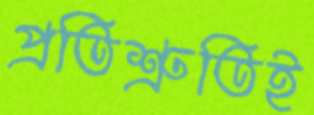
প্রতিশ্রুতিই